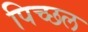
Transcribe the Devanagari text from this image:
पिच्छल